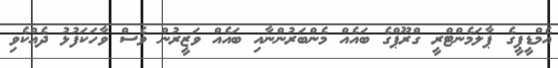
އެމްޑީޕީގެ ޕާލަމެންޓްރީ ގްރޫޕްގެ ބައެއް މެންބަރުންނާއި ބައެއް ވަޒީރުން ވެސް ވާހަކަފުޅު ދެއްކެވި